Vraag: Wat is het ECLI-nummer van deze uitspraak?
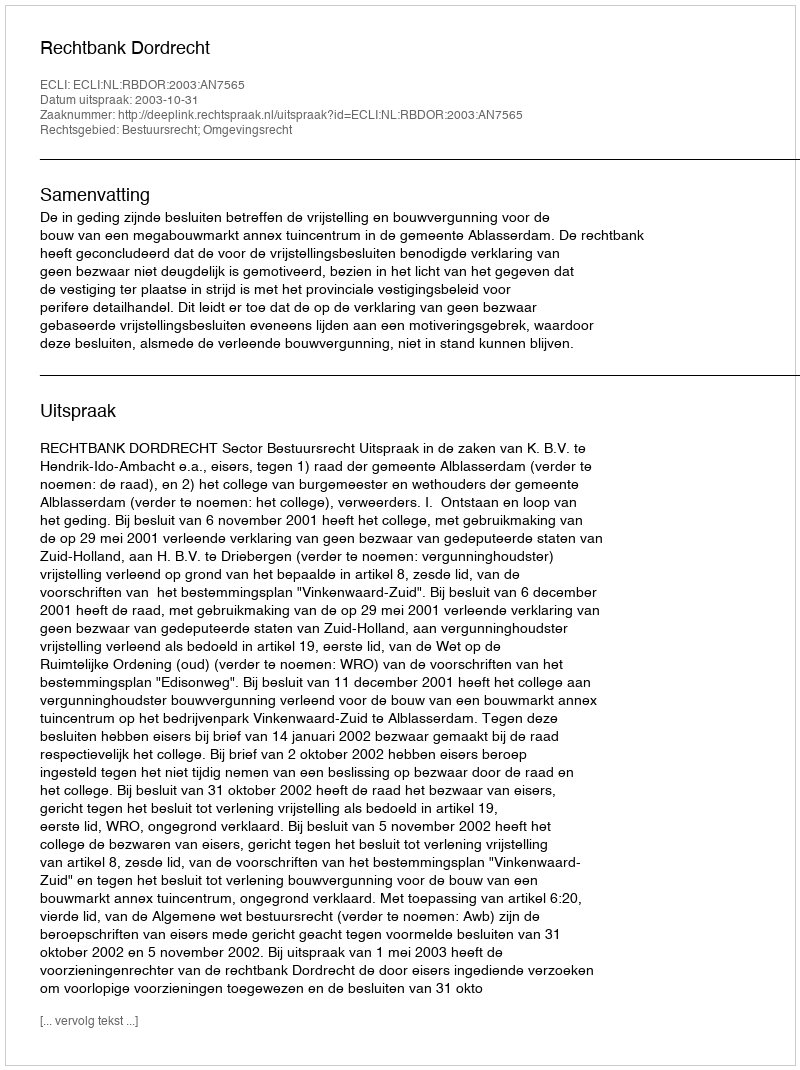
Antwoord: ECLI:NL:RBDOR:2003:AN7565